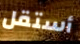
أستقل